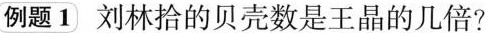
例题1刘林拾的贝壳数是王晶的几倍?